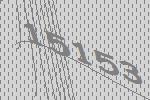
15153